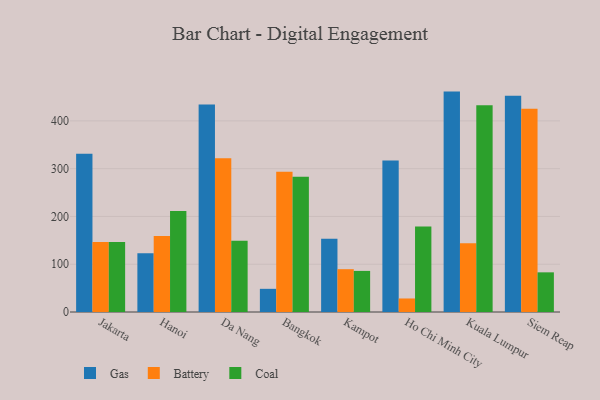
{"axis": {"x": "City", "y": "Headcount"}, "legend": ["Battery", "Coal", "Gas"], "data": [{"x": "Jakarta", "y": 331.2, "type": "Gas"}, {"x": "Jakarta", "y": 146.4, "type": "Battery"}, {"x": "Jakarta", "y": 146.5, "type": "Coal"}, {"x": "Hanoi", "y": 122.8, "type": "Gas"}, {"x": "Hanoi", "y": 159.1, "type": "Battery"}, {"x": "Hanoi", "y": 211.3, "type": "Coal"}, {"x": "Da Nang", "y": 434.1, "type": "Gas"}, {"x": "Da Nang", "y": 321.9, "type": "Battery"}, {"x": "Da Nang", "y": 149.3, "type": "Coal"}, {"x": "Bangkok", "y": 48.5, "type": "Gas"}, {"x": "Bangkok", "y": 293.3, "type": "Battery"}, {"x": "Bangkok", "y": 283.1, "type": "Coal"}, {"x": "Kampot", "y": 153.3, "type": "Gas"}, {"x": "Kampot", "y": 89.6, "type": "Battery"}, {"x": "Kampot", "y": 86.0, "type": "Coal"}, {"x": "Ho Chi Minh City", "y": 317.1, "type": "Gas"}, {"x": "Ho Chi Minh City", "y": 28.3, "type": "Battery"}, {"x": "Ho Chi Minh City", "y": 179.1, "type": "Coal"}, {"x": "Kuala Lumpur", "y": 461.3, "type": "Gas"}, {"x": "Kuala Lumpur", "y": 143.9, "type": "Battery"}, {"x": "Kuala Lumpur", "y": 432.6, "type": "Coal"}, {"x": "Siem Reap", "y": 452.6, "type": "Gas"}, {"x": "Siem Reap", "y": 425.5, "type": "Battery"}, {"x": "Siem Reap", "y": 83.0, "type": "Coal"}]}